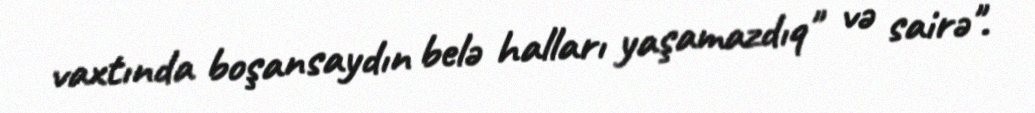
vaxtında boşansaydın belə halları yaşamazdıq" və sairə".